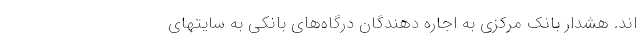
اند. هشدار بانک مرکزی به اجاره دهندگان درگاه‌های بانکی به سایتهای